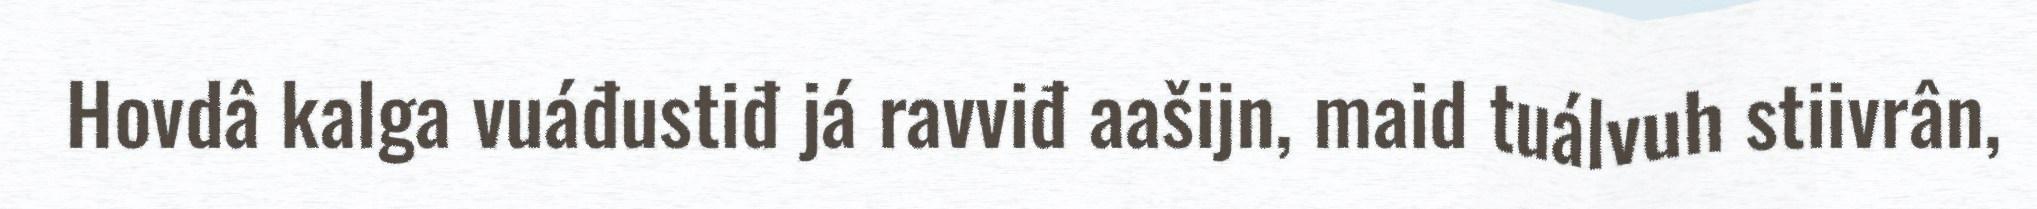
Hovdâ kalga vuáđustiđ já ravviđ aašijn, maid tuálvuh stiivrân,